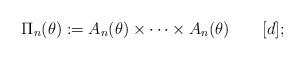
LaTeX: \begin{align*}\Pi_n(\theta) := A_n(\theta)\times\cdots\times A_n(\theta)\qquad[d];\end{align*}